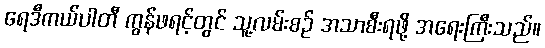
ရေဒီကယ်ပါတီ ကွန်ဖရင့်တွင် သူ့လမ်းစဉ် အသာစီးရဖို့ အရေးကြီးသည်။